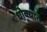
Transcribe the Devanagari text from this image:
धोक्‍यात